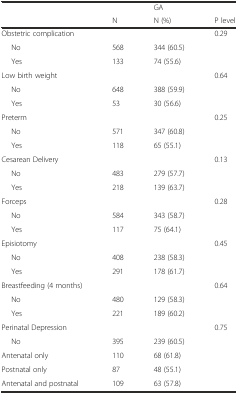
<table><thead><tr><td></td><td></td><td><b>GA</b></td><td></td></tr><tr><td></td><td><b>N</b></td><td><b>N (%)</b></td><td><b>P level</b></td></tr></thead><tbody><tr><td>Obstetric complication</td><td></td><td></td><td>0.29</td></tr><tr><td>No</td><td>568</td><td>344 (60.5)</td><td></td></tr><tr><td>Yes</td><td>133</td><td>74 (55.6)</td><td></td></tr><tr><td>Low birth weight</td><td></td><td></td><td>0.64</td></tr><tr><td>No</td><td>648</td><td>388 (59.9)</td><td></td></tr><tr><td>Yes</td><td>53</td><td>30 (56.6)</td><td></td></tr><tr><td>Preterm</td><td></td><td></td><td>0.25</td></tr><tr><td>No</td><td>571</td><td>347 (60.8)</td><td></td></tr><tr><td>Yes</td><td>118</td><td>65 (55.1)</td><td></td></tr><tr><td>Cesarean Delivery</td><td></td><td></td><td>0.13</td></tr><tr><td>No</td><td>483</td><td>279 (57.7)</td><td></td></tr><tr><td>Yes</td><td>218</td><td>139 (63.7)</td><td></td></tr><tr><td>Forceps</td><td></td><td></td><td>0.28</td></tr><tr><td>No</td><td>584</td><td>343 (58.7)</td><td></td></tr><tr><td>Yes</td><td>117</td><td>75 (64.1)</td><td></td></tr><tr><td>Episiotomy</td><td></td><td></td><td>0.45</td></tr><tr><td>No</td><td>408</td><td>238 (58.3)</td><td></td></tr><tr><td>Yes</td><td>291</td><td>178 (61.7)</td><td></td></tr><tr><td>Breastfeeding (4 months)</td><td></td><td></td><td>0.64</td></tr><tr><td>No</td><td>480</td><td>129 (58.3)</td><td></td></tr><tr><td>Yes</td><td>221</td><td>189 (60.2)</td><td></td></tr><tr><td>Perinatal Depression</td><td></td><td></td><td>0.75</td></tr><tr><td>No</td><td>395</td><td>239 (60.5)</td><td></td></tr><tr><td>Antenatal only</td><td>110</td><td>68 (61.8)</td><td></td></tr><tr><td>Postnatal only</td><td>87</td><td>48 (55.1)</td><td></td></tr><tr><td>Antenatal and postnatal</td><td>109</td><td>63 (57.8)</td><td></td></tr></tbody></table>